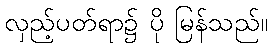
လှည့်ပတ်ရာ၌ ပို မြန်သည်။